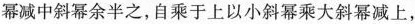
幂减中斜幂余半之，自乘于上以小斜幂乘大斜幂减上，